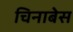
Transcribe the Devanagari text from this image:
चिनाबेस